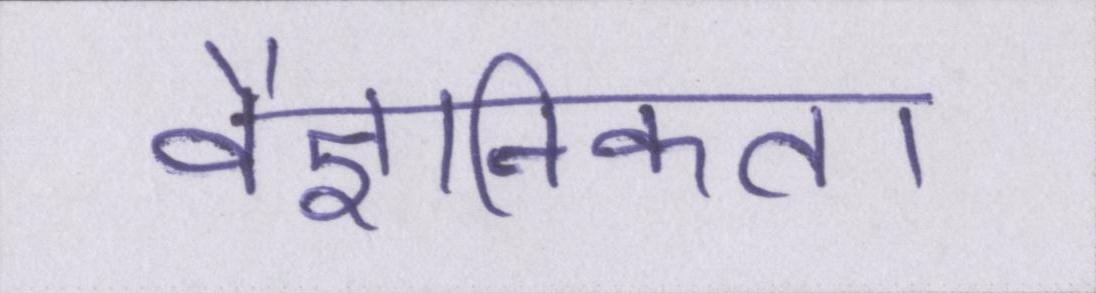
वैज्ञानिकता